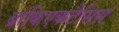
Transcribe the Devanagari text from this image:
ब्रांकिएकटैसिस